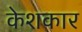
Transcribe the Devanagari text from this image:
केशकार